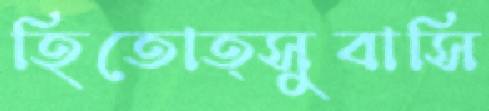
হিতোত্সুবাসি